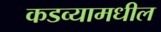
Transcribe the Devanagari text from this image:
कडव्यामधील